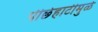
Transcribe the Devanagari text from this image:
पीछेहाटीमुळे